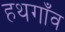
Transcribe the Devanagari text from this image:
हथगाँव